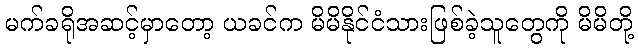
မက်ခရိုအဆင့်မှာတော့ ယခင်က မိမိနိုင်ငံသားဖြစ်ခဲ့သူတွေကို မိမိတို့